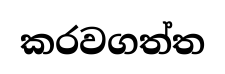
කරවගත්ත